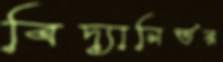
বিদ্যানির্ভর